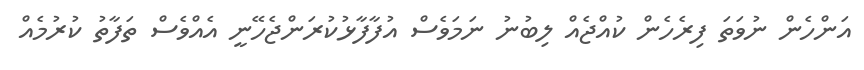
އަންހެން ނުވަތަ ފިރެހެން ކުއްޖެއް ލިބުނު ނަމަވެސް އުފާފާޅުކުރަންޖެހޭނީ އެއްވެސް ތަފާތު ކުރުމެއް